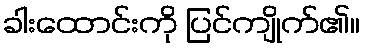
ခါးထောင်းကို ပြင်ကျိုက်၏။